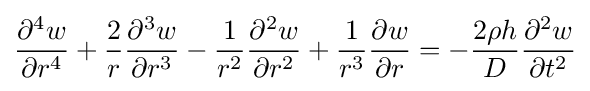
{\frac {\partial ^{4}w}{\partial r^{4}}}+{\frac {2}{r}}{\frac {\partial ^{3}w}{\partial r^{3}}}-{\frac {1}{r^{2}}}{\frac {\partial ^{2}w}{\partial r^{2}}}+{\frac {1}{r^{3}}}{\frac {\partial w}{\partial r}}=-{\frac {2\rho h}{D}}{\frac {\partial ^{2}w}{\partial t^{2}}}